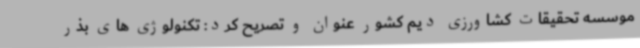
موسسه تحقیقات کشاورزی دیم کشور عنوان و تصریح کرد: تکنولوژی های بذر